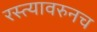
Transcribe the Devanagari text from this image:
रस्त्यावरुनच